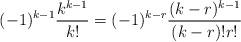
LaTeX: \begin{align*}(-1)^{k-1}\frac{k^{k-1}}{k!}=(-1)^{k-r}\frac{(k-r)^{k-1}}{(k-r)!r!}\end{align*}